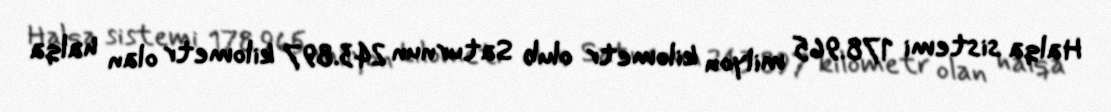
Halqa sistemi 178.965 milyon kilometr olub Saturnun 243.897 kilometr olan halqa